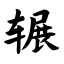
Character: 辗